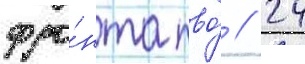
фро́нта пво́ // 24